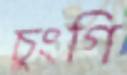
চুংগি